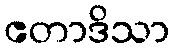
ဧတာဒိသာ